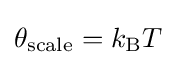
\theta _{\text{scale}}=k_{\text{B}}T